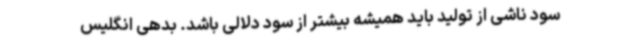
سود ناشی از تولید باید همیشه بیشتر از سود دلالی باشد. بدهی انگلیس